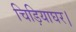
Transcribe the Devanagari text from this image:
चिड़ियाघर।